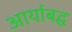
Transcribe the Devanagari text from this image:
आर्याबद्ध